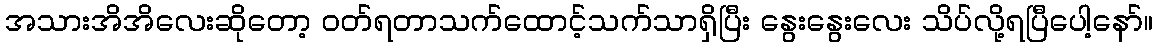
အသားအိအိလေးဆိုတော့ ဝတ်ရတာသက်ထောင့်သက်သာရှိပြီး နွေးနွေးလေး သိပ်လို့ရပြီပေါ့နော်။